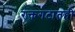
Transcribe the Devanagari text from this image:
रक्तगटातही